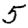
Digit: 5